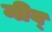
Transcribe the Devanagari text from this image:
नीव्